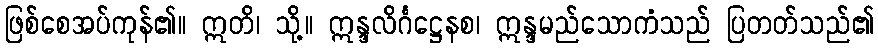
ဖြစ်စေအပ်ကုန်၏။ ဣတိ၊ သို့။ ဣန္ဒလိင်္ဂဋ္ဌေနစ၊ ဣန္ဒမည်သောကံသည် ပြတတ်သည်၏